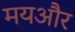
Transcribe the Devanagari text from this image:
मयऔर